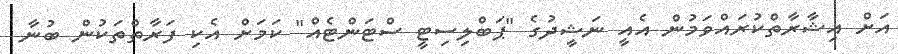
އަށް އިޝާރާތްކުރައްވަމުން އެއީ ނަޝީދުގެ "ޕަބްލިސިޓީ ސްޓަންޓެއް" ކަމަށް އެކި ފަރާތްތަކުން ބުނާ